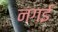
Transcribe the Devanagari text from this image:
नगई